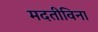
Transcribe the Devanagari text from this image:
मदतीविना